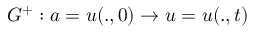
G ^ { + } : a = u ( . , 0 ) \rightarrow u = u ( . , t )